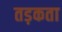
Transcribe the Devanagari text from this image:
तड़कता